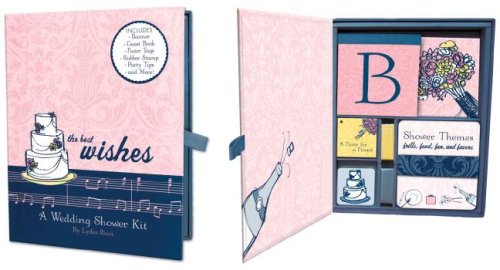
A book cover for The Best Wishes Wedding Shower Kit; Lydia Ricci; Crafts, Hobbies & Home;